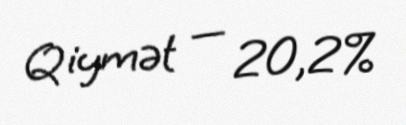
Qiymət — 20,2%